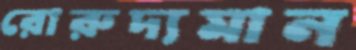
রোরুদ্যমান